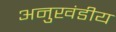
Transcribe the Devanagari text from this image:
अनुखंडीय